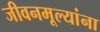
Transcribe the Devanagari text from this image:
जीवनमूल्यांना